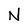
Character: N